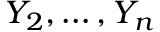
Y _ { 2 } , \dots , Y _ { n }